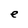
Character: e